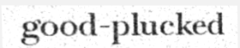
good-plucked